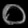
Digit: ၀